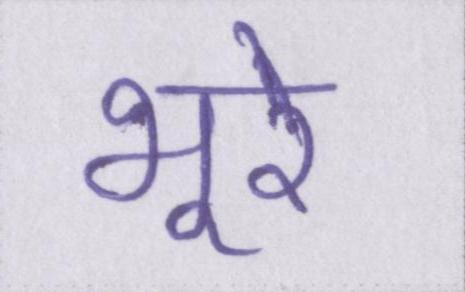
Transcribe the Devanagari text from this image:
भूरे